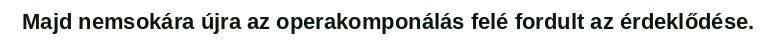
Majd nemsokára újra az operakomponálás felé fordult az érdeklődése.